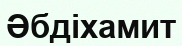
Әбдіхамит